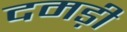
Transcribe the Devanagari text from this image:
दमड़ी